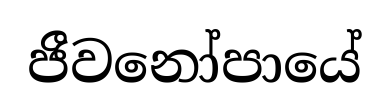
ජීවනෝපායේ